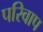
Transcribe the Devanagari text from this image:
परिवाप